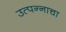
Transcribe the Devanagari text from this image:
उत्पन्‍नाचा